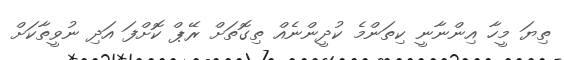
ތިޔަ މީހާ އިންނާނީ ކިތަންމެ ކުދީންނެއް ތިގޮތަށް ރޭޕް ކޮށްފަ އަދި ނުވީތާކަށް